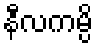
နီလကမ္ပိ